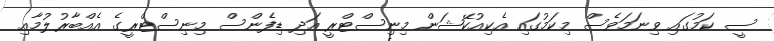
ސީ ކަމުގައި ވިނަމަވެސް މިކަމުގައި އެކިއުކޭޝަން މިނިސްޓްރީ އަދި ޑިފެންސް މިނިސްޓްރީގެ އެއްބާރުލުމާއި